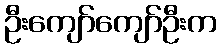
ဦးကျော်ကျော်ဦးက